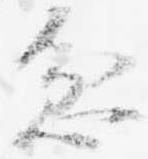
忿